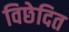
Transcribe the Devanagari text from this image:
विछेदित